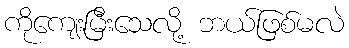
ကိုကျေးမြီးသေလို့ ဘယ်ဖြစ်မလဲ